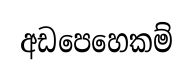
අඩපෙහෙකම්